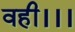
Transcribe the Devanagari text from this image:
वही।।।